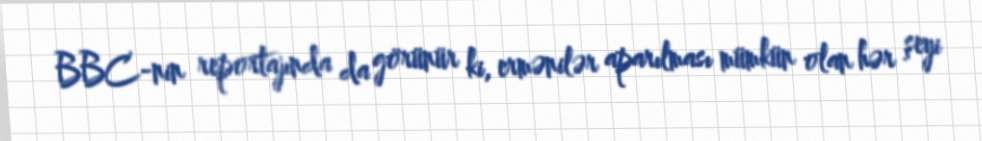
BBC-nin reportajında da görünür ki, ermənilər aparılması mümkün olan hər şeyi